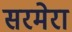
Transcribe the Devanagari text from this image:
सरमेरा